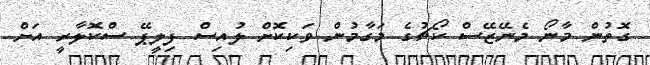
ގޮތުން މާނޯ މެނޭޒޭސް ކޯޗުގެ މަގާމުން ވަކިކޮށް ލުއިސް ފިލީޕޭ ސްކޮލާރީ އަށް